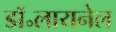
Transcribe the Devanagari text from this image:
डॉ॰लायनेल